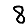
Digit: 8